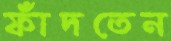
ফাঁদতেন